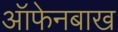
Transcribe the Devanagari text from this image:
ऑफेनबाख